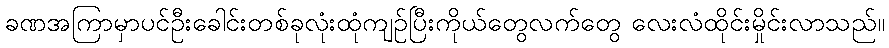
ခဏအကြာမှာပင်ဦးခေါင်းတစ်ခုလုံးထုံကျဉ်ပြီးကိုယ်တွေလက်တွေ လေးလံထိုင်းမှိုင်းလာသည်။